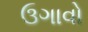
ઉગાવો